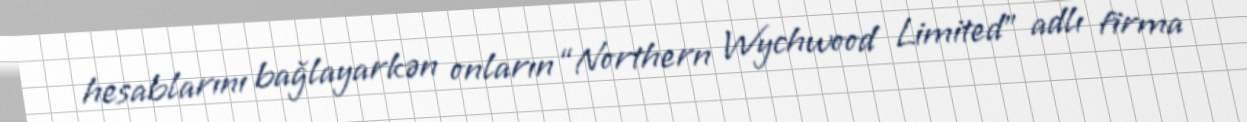
hesablarını bağlayarkən onların “Northern Wychwood Limited” adlı firma